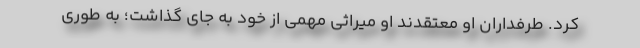
کرد. طرفداران او معتقدند او میراثی مهمی از خود به جای گذاشت؛ به طوری